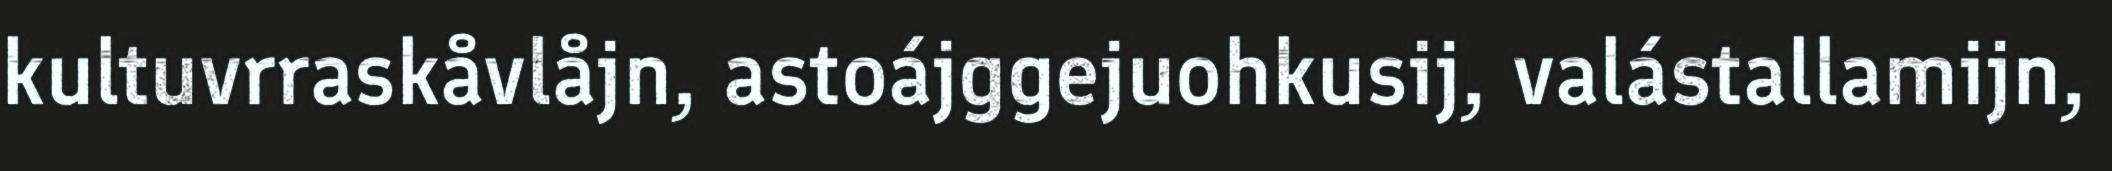
kultuvrraskåvlåjn, astoájggejuohkusij, valástallamijn,